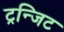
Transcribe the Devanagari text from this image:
ट्रन्जिट